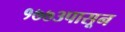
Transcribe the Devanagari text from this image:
१७७३पासून